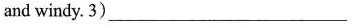
and windy. 3) ___